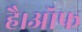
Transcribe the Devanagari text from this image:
है।ऑफ